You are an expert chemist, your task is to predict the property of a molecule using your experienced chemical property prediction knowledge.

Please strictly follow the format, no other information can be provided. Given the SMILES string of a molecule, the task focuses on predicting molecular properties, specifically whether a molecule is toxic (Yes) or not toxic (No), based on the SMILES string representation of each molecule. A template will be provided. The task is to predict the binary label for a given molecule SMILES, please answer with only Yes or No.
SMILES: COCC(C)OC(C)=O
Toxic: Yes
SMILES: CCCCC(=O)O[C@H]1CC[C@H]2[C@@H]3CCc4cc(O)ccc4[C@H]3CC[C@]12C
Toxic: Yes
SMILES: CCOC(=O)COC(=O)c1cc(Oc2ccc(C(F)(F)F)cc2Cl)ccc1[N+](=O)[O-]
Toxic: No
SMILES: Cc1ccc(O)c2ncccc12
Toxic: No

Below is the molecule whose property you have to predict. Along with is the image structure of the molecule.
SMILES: CN(C)C(=O)CCSC(SCCC(=O)[O-])c1cccc(/C=C/c2ccc3ccc(Cl)cc3n2)c1
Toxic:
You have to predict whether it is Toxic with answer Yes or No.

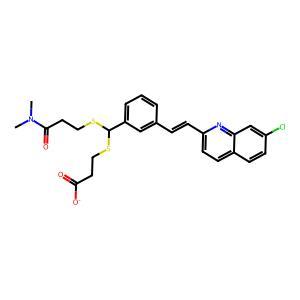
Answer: No